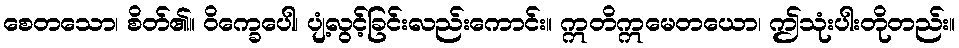
စေတသော၊ စိတ်၏။ ဝိက္ခေပေါ၊ ပျံ့လွင့်ခြင်းလည်းကောင်း။ ဣတိဣမေတယော၊ ဤသုံးပါးတိုတည်း။